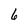
Character: 6